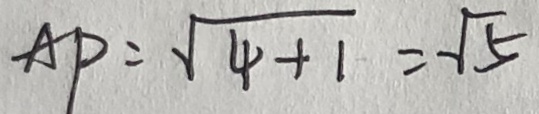
A P = \sqrt { 4 + 1 } = \sqrt { 5 }